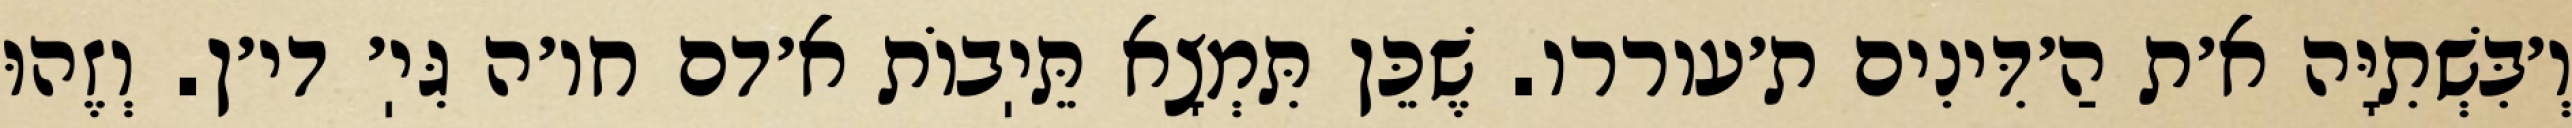
וְ׳בִּשְׁתִיָּה א׳ת הַ׳דִּינִים ת׳עוררו. שֶׁכֵּן תִּמְצָא תֵּיֽבוֹת א׳דם חו׳ה גִּיֽ׳ די׳ן. וְזֶהוּ